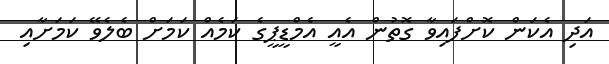
އަދި އެކަން ކޮށްފައިވާ ގޮތުން އެއީ އެމްޑީޕީގެ ކަމެއް ކަމަށް ބެލެވޭ ކަމަށާއި